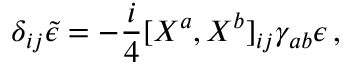
\delta _ { i j } \tilde { \epsilon } = - { \frac { i } { 4 } } \lbrack X ^ { a } , X ^ { b } \rbrack _ { i j } \gamma _ { a b } \epsilon \, ,